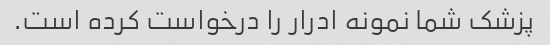
پزشک شما نمونه ادرار را درخواست کرده است.